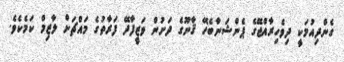
ގެންދިއުމަކީ ދިވެހިރާއްޖޭގެ ޕެންޝަނާބެހޭ ޤާނޫގެ ދަށުން ވަޒީފާދޭ ފަރާތުގެ މައްޗަށް ލާޒިމް ކަމެކެވެ.